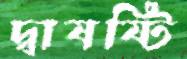
দ্বাষষ্টি